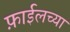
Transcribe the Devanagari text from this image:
फ़ाईलच्या